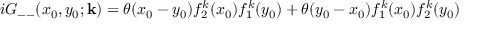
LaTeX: i G _ { -- } ( x _ { 0 } , y _ { 0 } ; { \bf k } ) = \theta ( x _ { 0 } - y _ { 0 } ) f _ { 2 } ^ { k } ( x _ { 0 } ) f _ { 1 } ^ { k } ( y _ { 0 } ) + \theta ( y _ { 0 } - x _ { 0 } ) f _ { 1 } ^ { k } ( x _ { 0 } ) f _ { 2 } ^ { k } ( y _ { 0 } )